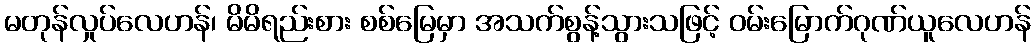
မတုန်လှုပ်လေဟန်၊ မိမိရည်းစား စစ်မြေမှာ အသက်စွန့်သွားသဖြင့် ဝမ်းမြောက်ဂုဏ်ယူလေဟန်